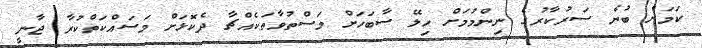
ކަމަށް ބުނެ ސަރުކާރުގެ ނިންމުމަށް ހިލޭ ސާބަހަށް މަސްތުވާތަކެއްޗާ ދެކޮޅަށް މަސައްކަތްކުރާ ޖާނީ